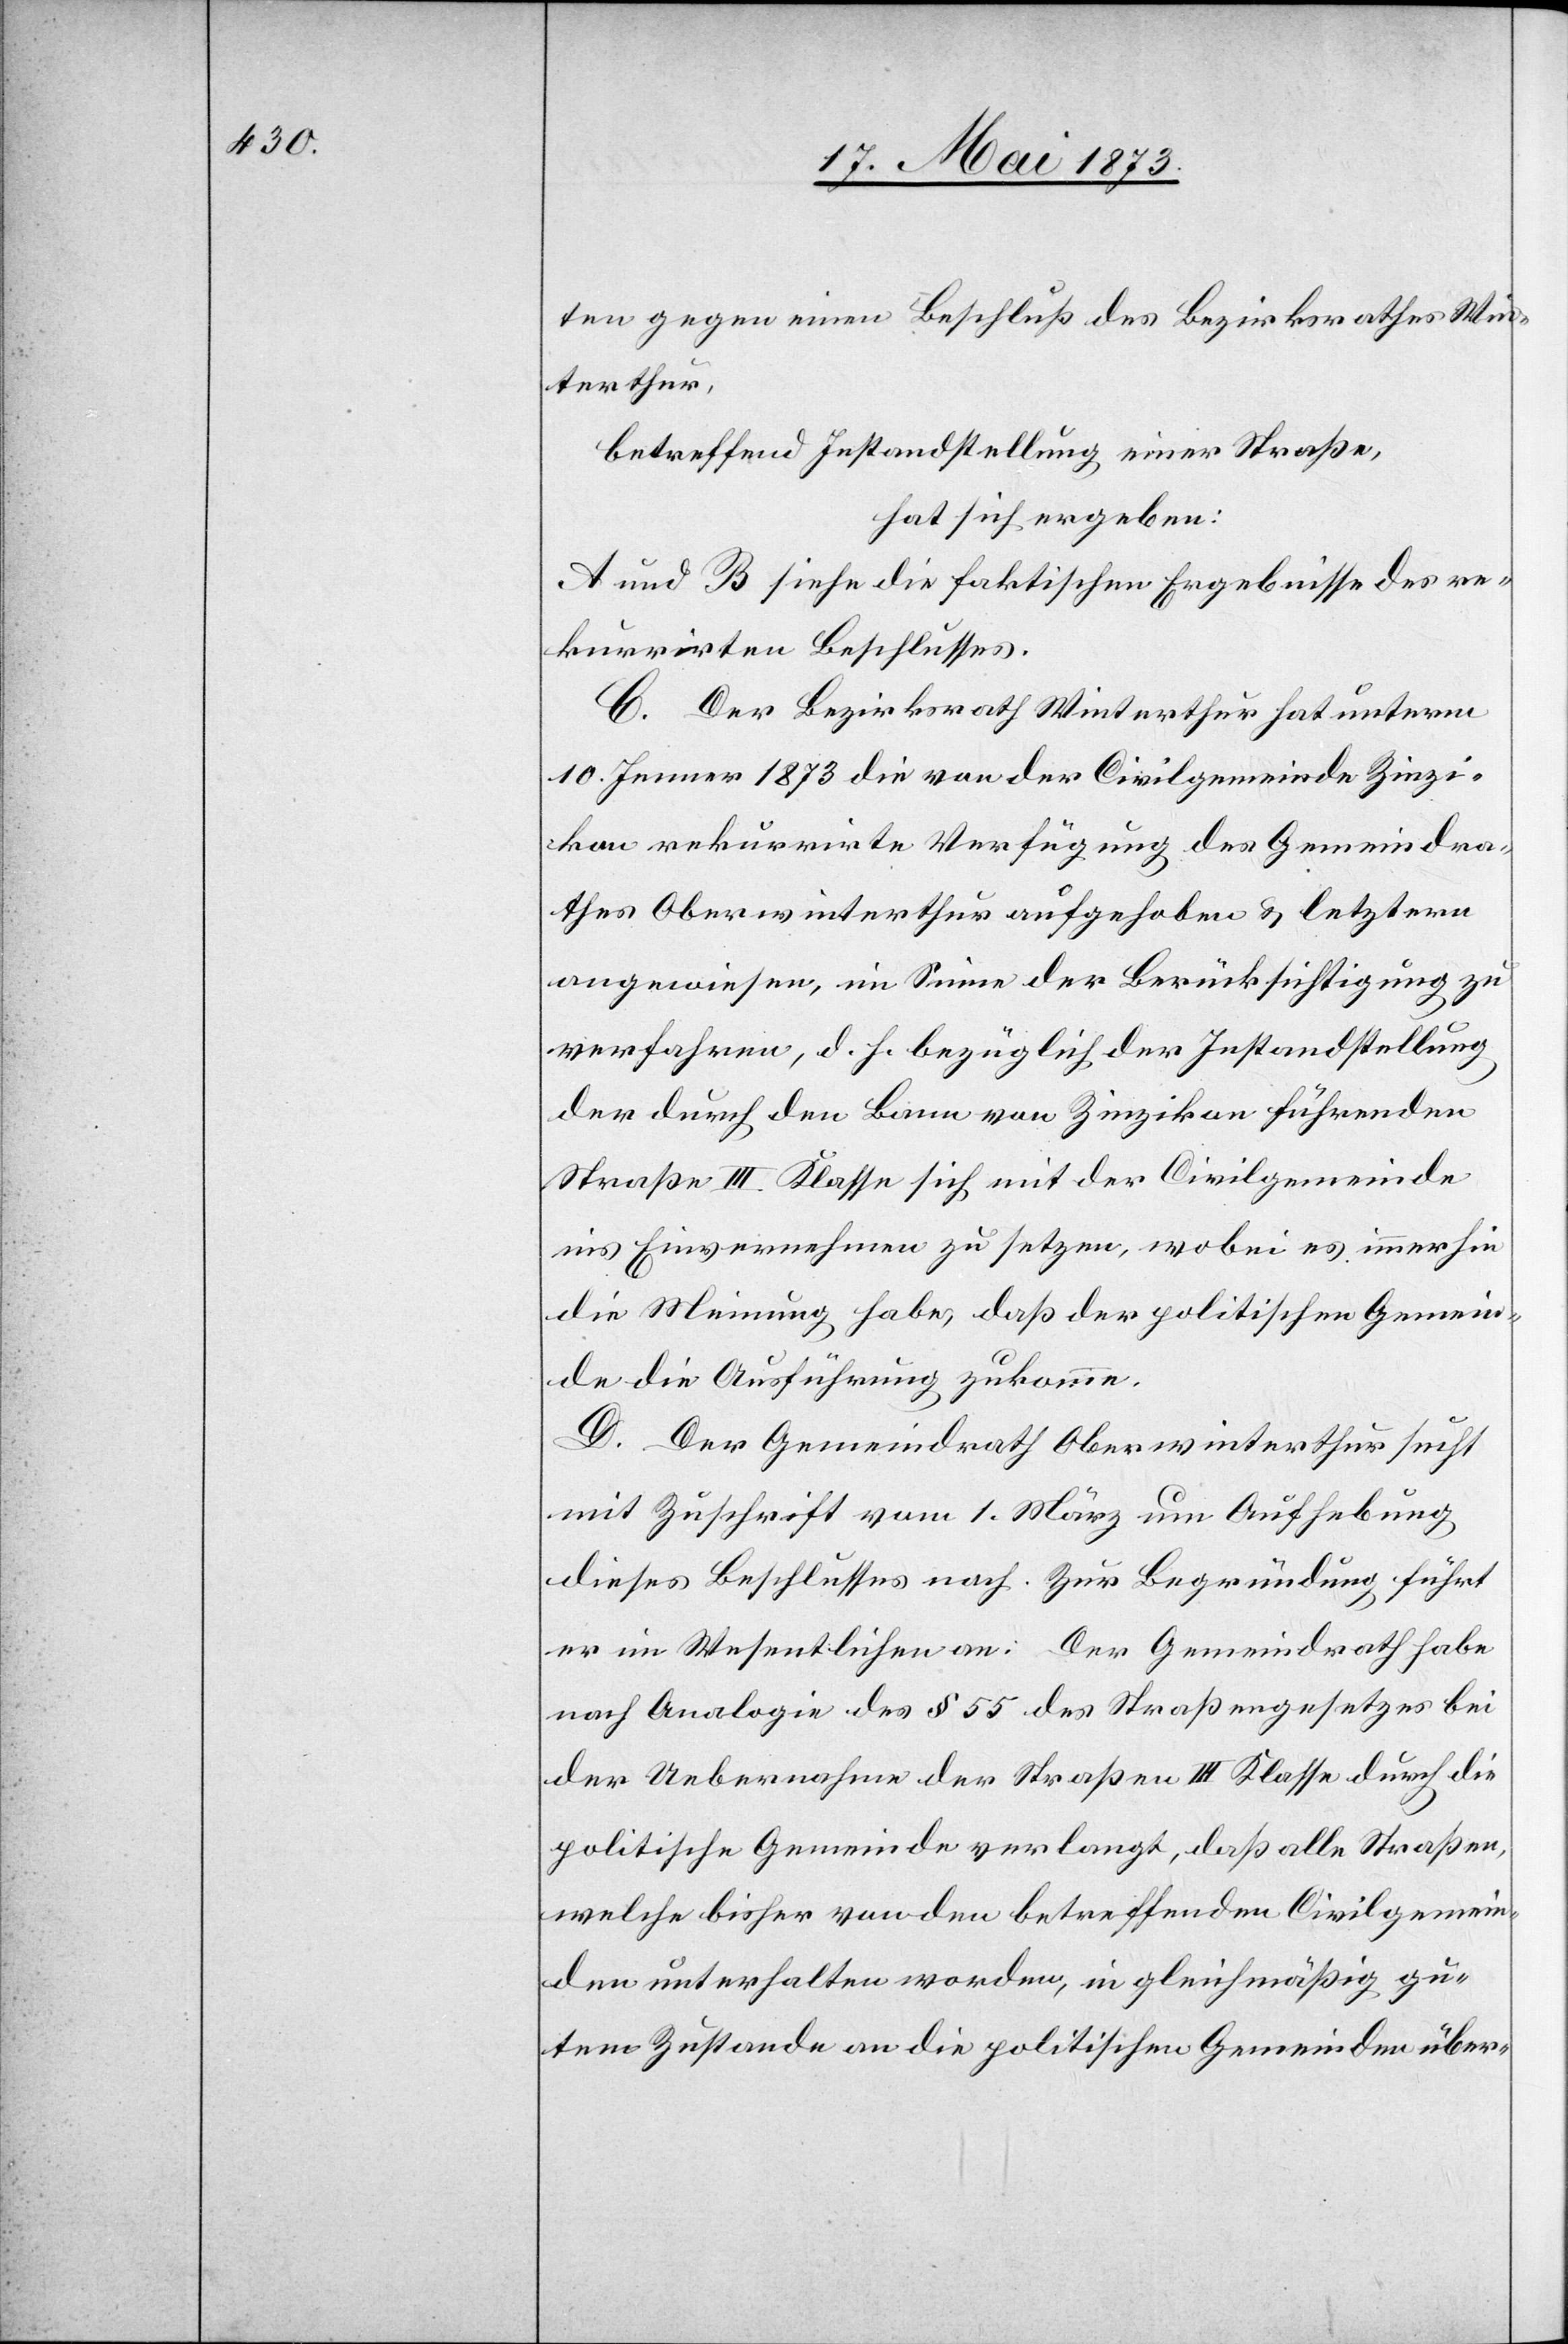
ten gegen einen Beschluß des Bezirksrathes Win¬
terthur,
betreffend Instandstellung einer Straße,
hat sich ergeben:
A und B siehe die faktischen Ergebnisse des re¬
kurrirten Beschlusses.
C. Der Bezirksrath Winterthur hat unterm
10. Jenner 1873 die von der Civilgemeinde Zinzi¬
kon rekurrirte Verfügung des Gemeindra¬
thes Oberwinterthur aufgehoben & letztern
angewiesen, im Sinne der Berücksichtigung zu
verfahren, d. h. bezüglich der Instandstellung
der durch den Bann von Zinzikon führenden
Strasse III. Klasse sich mit der Civilgemeinde
ins Einvernehmen zu setzen, wobei es immerhin
die Meinung habe, daß der politischen Gemein¬
de die Ausführung zukomme.
D. Der Gemeindrath Oberwinterthur sucht
mit Zuschrift vom 1. März um Aufhebung
dieses Beschlusses nach. Zur Begründung führt
er im Wesentlichen an: Der Gemeindrath habe
nach Analogie des § 55 des Straßengesetzes bei
der Uebernahme der Straßen III Klasse durch die
politische Gemeinde verlangt, daß alle Straßen,
welche bisher von den betreffenden Civilgemein¬
den unterhalten worden, in gleichmäßig gu¬
tem Zustande an die politischen Gemeinden über-